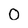
Character: 0